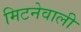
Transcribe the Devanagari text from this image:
मिटनेवाली